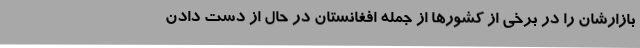
بازارشان را در برخی از کشورها از جمله افغانستان در حال از دست دادن